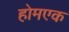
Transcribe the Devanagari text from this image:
होमएक